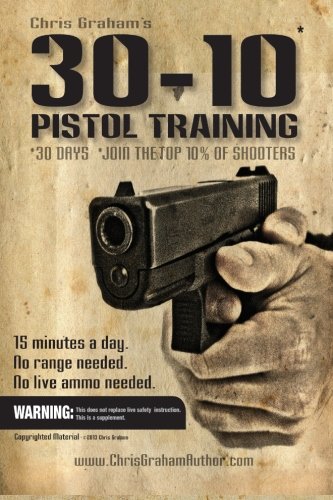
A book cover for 30-10 Pistol Training; Chris Graham; Sports & Outdoors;